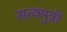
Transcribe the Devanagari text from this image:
सत्यपुत्रों